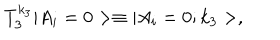
T _ { 3 } ^ { k _ { 3 } } | A _ { i } = 0 > \equiv | A _ { i } = 0 ; k _ { 3 } > ,